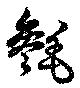
毿